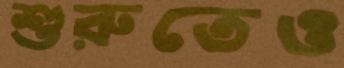
শুরুতেও